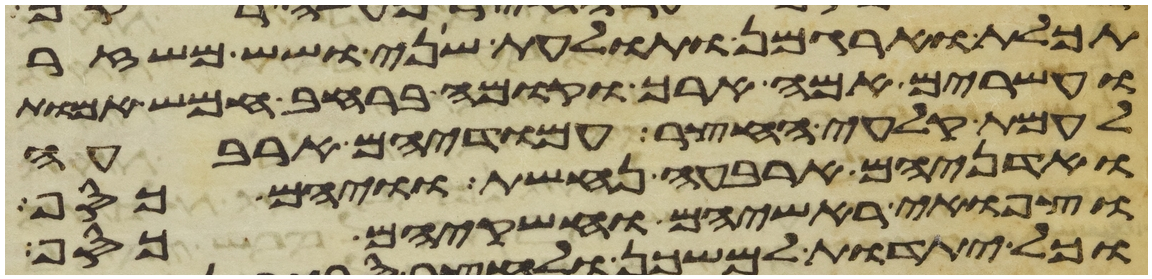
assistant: תכלת וארגמן ותולעת שני ושש משזר
ועשרים אמה ארך וקומה ברחב חמש אמות
לעמת קלעי החצר עמודיהם ארבעה
ואדניהם ארבעה נחשת וויהם כסף
וצפוי ראשיהם וחשקיהם כסף